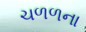
ચળળના